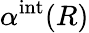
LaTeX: \alpha^{\mathrm{int}}(R)